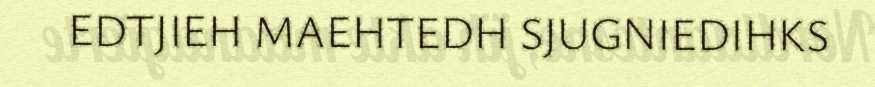
EDTJIEH MAEHTEDH SJUGNIEDIHKS